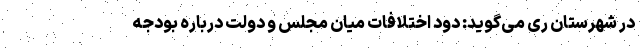
در شهرستان ری می‌گوید: دود اختلافات میان مجلس و دولت درباره بودجه